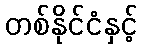
တစ်နိုင်ငံနှင့်